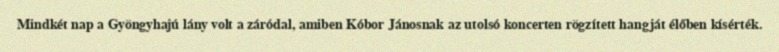
Mindkét nap a Gyöngyhajú lány volt a záródal, amiben Kóbor Jánosnak az utolsó koncerten rögzített hangját élőben kísérték.